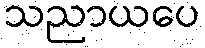
သညာယပေ